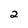
Character: 2